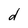
Character: d